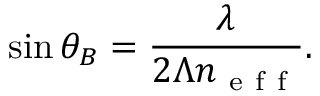
\sin \theta _ { B } = \frac { \lambda } { 2 \Lambda n _ { \mathrm { ~ e ~ f ~ f ~ } } } .